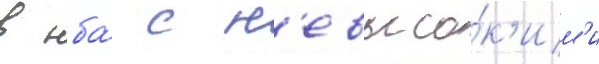
в нба́ с н'евысо́к'им'и